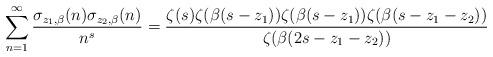
LaTeX: \begin{align*}\sum\limits_{n = 1}^\infty {\frac{{\sigma _{z_1,\beta}(n)\sigma _{z_2,\beta }(n)}}{{{n^s}}}} = \frac{{\zeta (s)\zeta (\beta (s - z_1))\zeta (\beta (s - z_1))\zeta (\beta (s - z_1 - z_2))}}{{\zeta (\beta (2s - z_1 - z_2))}} \end{align*}